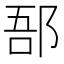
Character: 郚